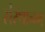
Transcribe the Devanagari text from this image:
संस्थानम्